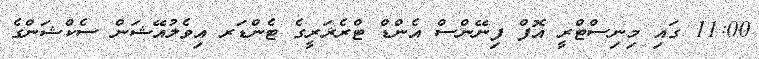
11:00 ގައި މިނިސްޓްރީ އޮފް ފިނޭންސް އެންޑް ޓްރެޜަރީގެ ޓެންޑަރ އިވެލުއޭޝަން ސެކްޝަންގެ